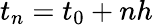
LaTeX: t_{n}=t_{0}+nh